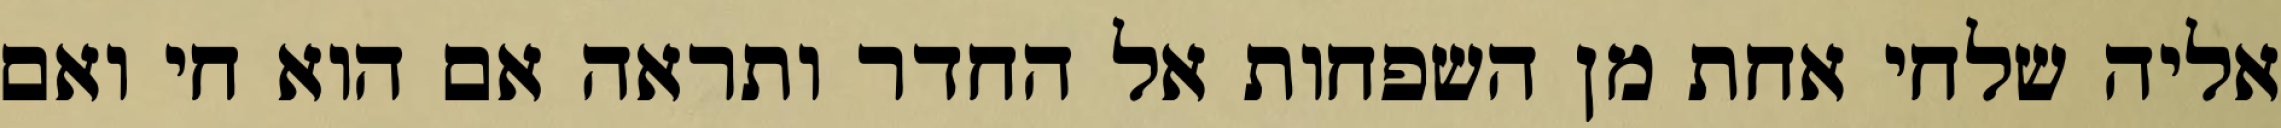
אליה שלחי אחת מן השפחות אל החדר ותראה אם הוא חי ואם